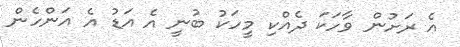
އެ ރަށުން ވާހަކަ ދެއްކި މީހަކު ބުނީ އެ އަޑު އެ އަންހެން